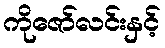
ကိုဇော်လင်းနှင့်